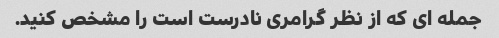
جمله ای که از نظر گرامری نادرست است را مشخص کنید.